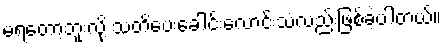
မရတော့ဘူးလို့ သတိပေးခေါင်းလောင်းသံလည်းဖြစ်ခဲ့ပါတယ်။